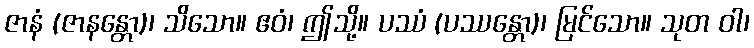
ဇာနံ (ဇာနန္တော)၊ သိသော။ ဧဝံ၊ ဤသို့။ ပဿံ (ပဿန္တော)၊ မြင်သော။ သုတ ဝါ၊